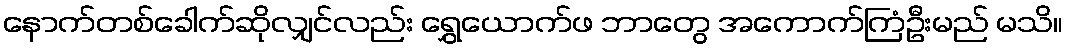
နောက်တစ်ခေါက်ဆိုလျှင်လည်း ရွှေယောက်ဖ ဘာတွေ အကောက်ကြံဦးမည် မသိ။